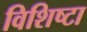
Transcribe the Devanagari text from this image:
विशिष्टा